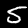
Label: 5